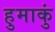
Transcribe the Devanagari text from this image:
हुमाकुं